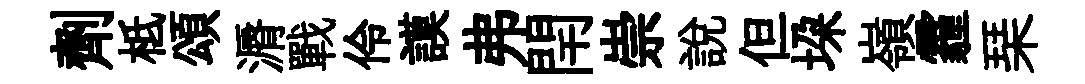
劑柢頌漘戰伶謨弗閈崇說但垜嶺霾琹